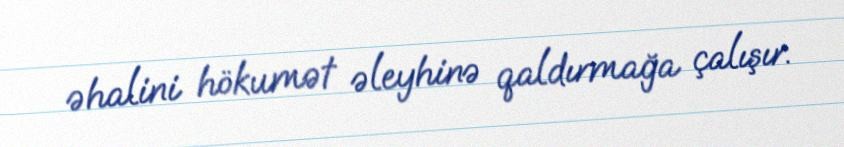
əhalini hökumət əleyhinə qaldırmağa çalışır.